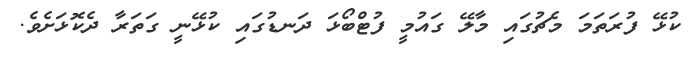
ކުޅޭ ފުރަތަމަ މެޗުގައި މާލޭ ގައުމީ ފުޓްބޯޅަ ދަނޑުގައި ކުޅޭނީ ގަތަރާ ދެކޮޅަށެވެ.